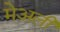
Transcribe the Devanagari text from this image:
मेअली